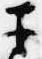
于